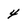
Character: 4